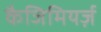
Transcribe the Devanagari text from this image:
कैजिमियर्ज़